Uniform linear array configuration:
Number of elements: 4
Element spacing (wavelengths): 1
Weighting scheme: binomial
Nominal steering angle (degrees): -15
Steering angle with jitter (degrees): -16.762
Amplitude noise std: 0.05
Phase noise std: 0.05

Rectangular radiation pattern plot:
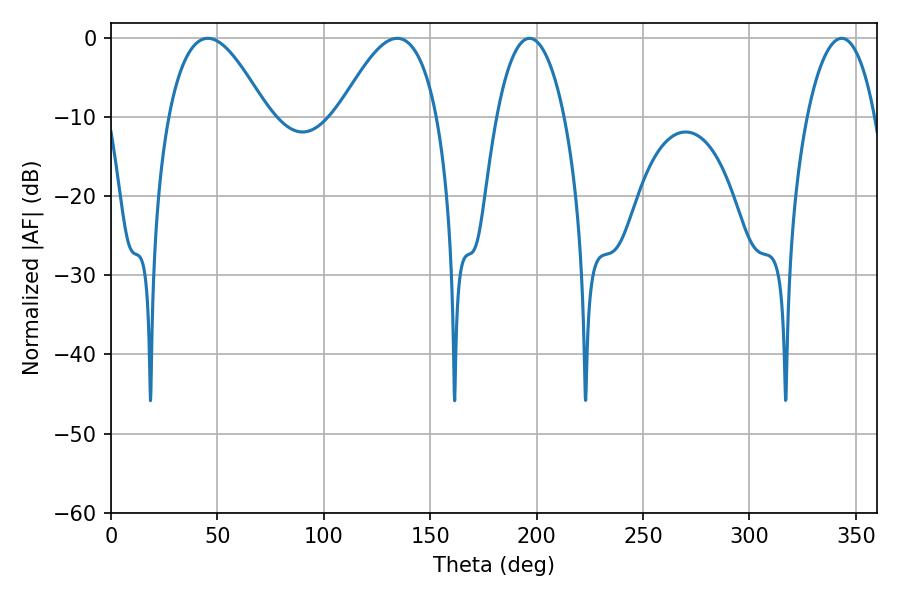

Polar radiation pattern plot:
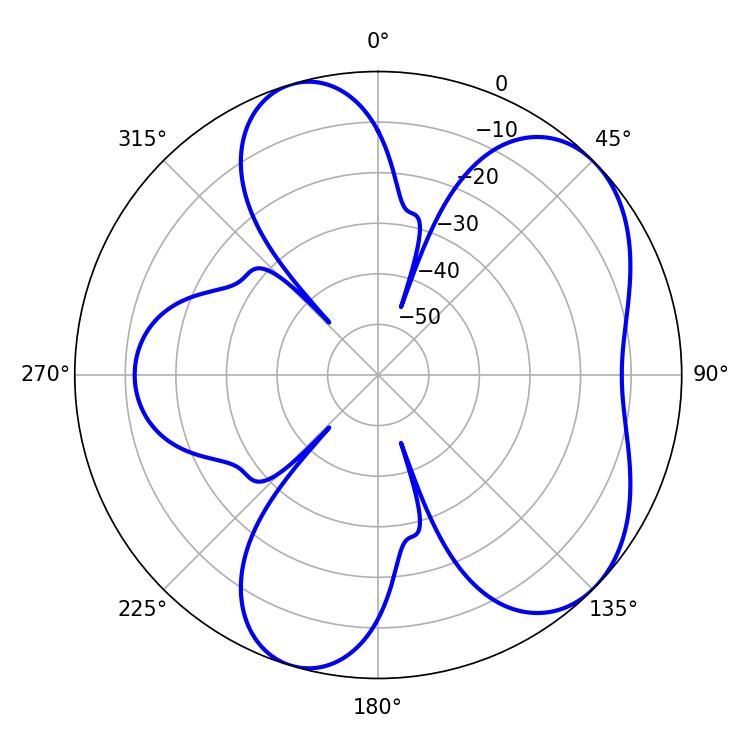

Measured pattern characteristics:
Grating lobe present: TRUE
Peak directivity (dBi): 5.937
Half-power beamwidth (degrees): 25.38
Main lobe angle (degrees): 45.54